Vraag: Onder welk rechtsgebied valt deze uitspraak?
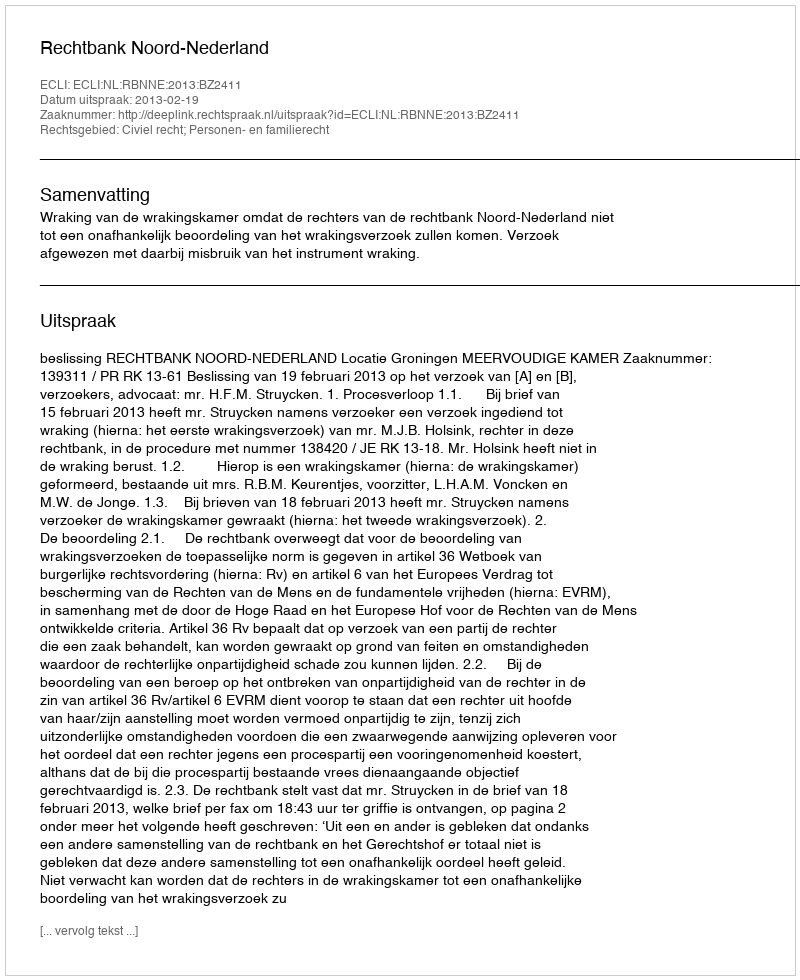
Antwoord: Civiel recht; Personen- en familierecht